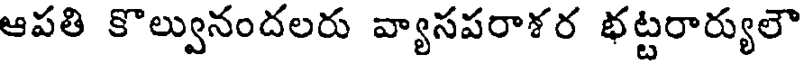
ఆపతి కొల్వునందలరు వ్యాసపరాశర భట్టరార్యులౌ